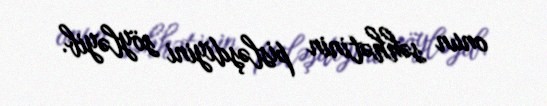
onun səhhətinin pisləşdiyini söyləyib.